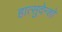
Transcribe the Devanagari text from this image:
हात्सुदेन्शो